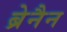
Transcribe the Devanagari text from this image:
ब्रेनैन